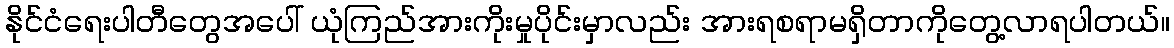
နိုင်ငံရေးပါတီတွေအပေါ် ယုံကြည်အားကိုးမှုပိုင်းမှာလည်း အားရစရာမရှိတာကိုတွေ့လာရပါတယ်။